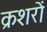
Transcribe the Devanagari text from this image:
क्रशरों